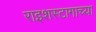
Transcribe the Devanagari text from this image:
राइशस्टागाच्या